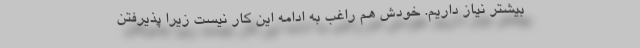
بیشتر نیاز داریم. خودش هم راغب به ادامه این کار نیست زیرا پذیرفتن